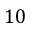
1 0